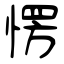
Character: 愣